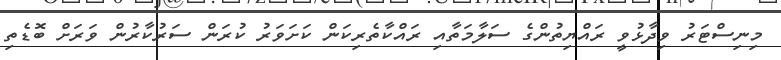
މިނިސްޓަރު ވިދާޅުވީ ރައްޔިތުންގެ ސަލާމަތާއި ރައްކާތެރިކަން ކަށަވަރު ކުރަން ސަރުކާރުން ވަރަށް ބޮޑެތި